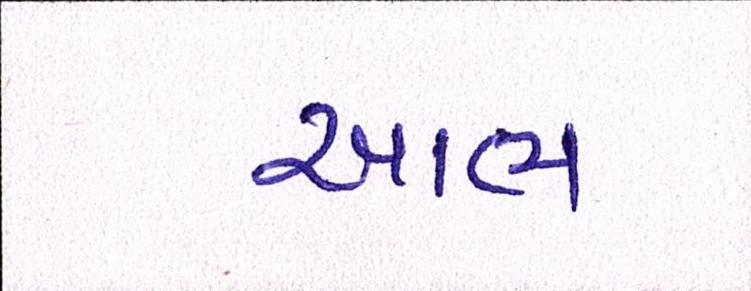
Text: આભ